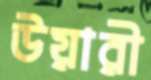
উয়ারী